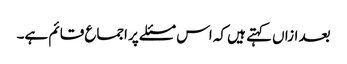
بعد ازاں کہتے ہیں کہ اس مسئلے پر اجماع قائم ہے۔